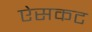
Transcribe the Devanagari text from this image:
ऐसकट